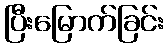
ပြီးမြောက်ခြင်း